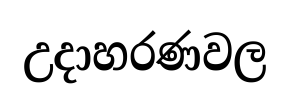
උදාහරණවල